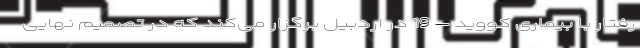
رفتار با بیماری کووید – 19 در اردبیل برگزار می‌کند که در تصمیم نهایی